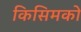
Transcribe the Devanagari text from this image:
किसिमको